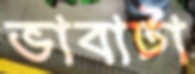
ভাবাটা